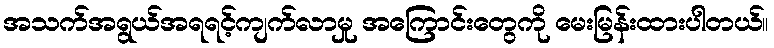
အသက်အရွယ်အရရင့်ကျက်လာမှု အကြောင်းတွေကို မေးမြန်းထားပါတယ်။